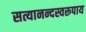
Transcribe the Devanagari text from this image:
सत्यानन्दस्वरूपाय